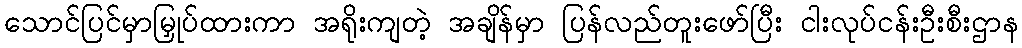
သောင်ပြင်မှာမြှုပ်ထားကာ အရိုးကျတဲ့ အချိန်မှာ ပြန်လည်တူးဖော်ပြီး ငါးလုပ်ငန်းဦးစီးဌာန